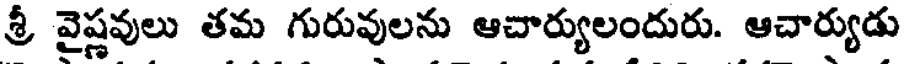
శ్రీ వైష్ణవులు తమ గురువులను ఆచార్యులందురు. ఆచార్యుడు